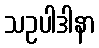
သဥပါဒါနာ